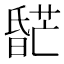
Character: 𬁌